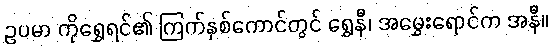
ဥပမာ ကိုရွှေရင်၏ ကြက်နှစ်ကောင်တွင် ရွှေနီ၊ အမွှေးရောင်က အနီ။